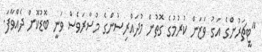
"ޓީޗަރުންގެ އަގު ވަޒަން ކުރުމުގެ ގޮތުން މުދައްރިސުންގެ މުސާރަވެސް ވަނީ ބޮޑުކޮށް ދެއްވާފަ.